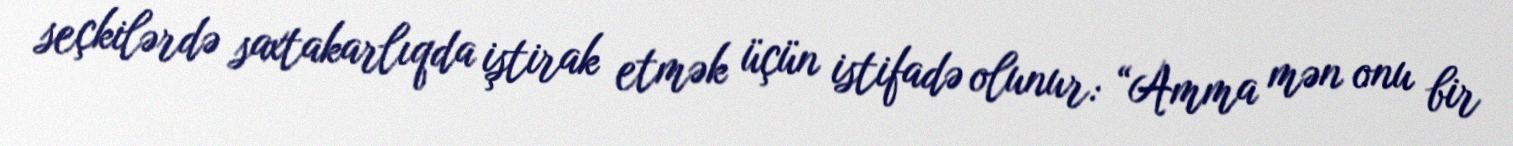
seçkilərdə saxtakarlıqda iştirak etmək üçün istifadə olunur: “Amma mən onu bir